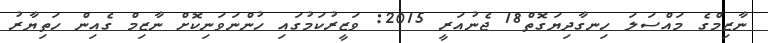
ނާޒިމްގެ މައްސަލަ ހިނގާދިޔަގޮތް18 ޖެނުއަރީ 2015: ވަޒީރުކަމުގައި ހުންނަވަނިކޮށް ނާޒިމް ގެއިން ހަތިޔާރު